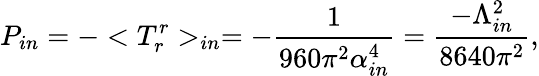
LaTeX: P_{in}=-<T_{r}^{r}>_{in}=-\frac{1}{960\pi^{2}\alpha_{in}^{4}}=\frac{-\Lambda_{in}^{2}}{8640\pi^{2}},